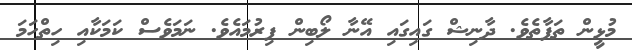
މުޅީން ތަފާތެވެ. ދާނިޝް ގައިގައި އޭނާ ލޯބިން ފިރުމައެވެ. ނަމަވެސް ކަމަކާއި ހިތްހަމަ